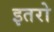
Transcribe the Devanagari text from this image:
इतरो